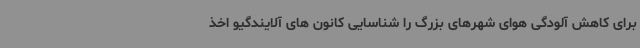
برای کاهش آلودگی هوای شهرهای بزرگ را شناسایی کانون های آلایندگیو اخذ